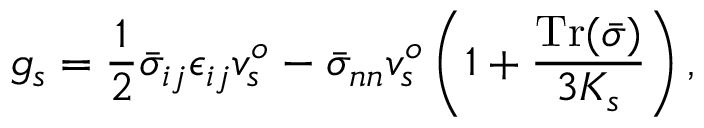
g _ { s } = \frac { 1 } { 2 } \bar { \sigma } _ { i j } \epsilon _ { i j } v _ { s } ^ { o } - \bar { \sigma } _ { n n } v _ { s } ^ { o } \left( 1 + \frac { \mathrm { T r } ( \bar { \sigma } ) } { 3 K _ { s } } \right) ,